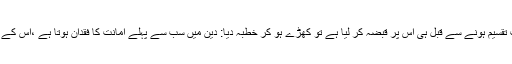
حضرت عثمان کو جب پتا چلا کہ کچھ فوجیوں نے مال غنیمت تقسیم ہونے سے قبل ہی اس پر قبضہ کر لیا ہے تو کھڑے ہو کر خطبہ دیا: دین میں سب سے پہلے امانت کا فقدان ہوتا ہے ،اس کے ضائع ہو جانے کے بعد روز بروزکچھ نہ کچھ کھویا رہتا ہے۔